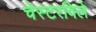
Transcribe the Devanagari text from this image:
चेस्टरविले